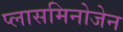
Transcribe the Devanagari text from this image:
प्लासमिनोजेन